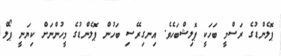
ޕޮލެންޑުގެ ރަސްމީ ބަހަކީ ޕޮލިޝްބަހެވެ. އިނގިރޭސި ބަހުން ޕޮލެންޑުގެ މީހުންނަށް ކިޔަނީ ޕޯލް